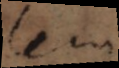
se bien